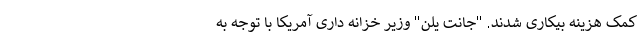
کمک هزینه بیکاری شدند. "جانت یلن" وزیر خزانه داری آمریکا با توجه به